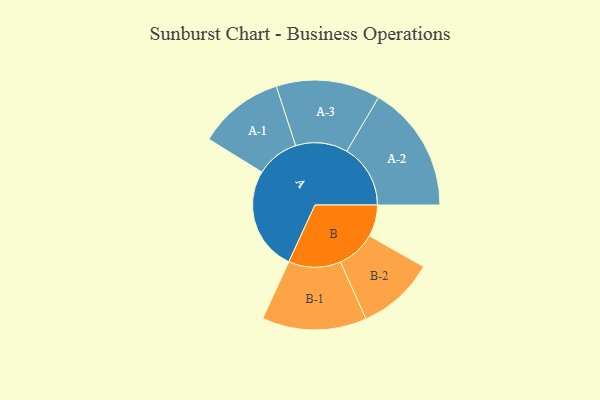
{"axis": {"x": "Segment", "y": "Value"}, "legend": ["", "A", "B"], "data": [{"x": "A", "y": 377, "type": ""}, {"x": "B", "y": 115, "type": ""}, {"x": "A-1", "y": 156, "type": "A"}, {"x": "A-2", "y": 231, "type": "A"}, {"x": "A-3", "y": 189, "type": "A"}, {"x": "B-1", "y": 190, "type": "B"}, {"x": "B-2", "y": 141, "type": "B"}]}